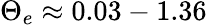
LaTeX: \Theta_{e}\approx 0.03-1.36